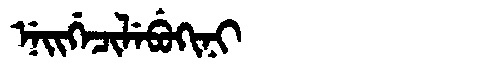
Manchu: ᠨᡝᡳᡤᡝᠴᡳᠯᡝᠪᡠᡴᡳᠨᡳ
Romanization: NEIGECILEBUKINI